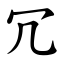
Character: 冗